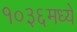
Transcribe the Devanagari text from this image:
१०३६मध्ये